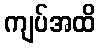
ကျပ်အထိ